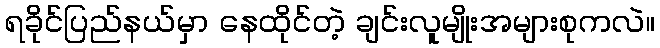
ရခိုင်ပြည်နယ်မှာ နေထိုင်တဲ့ ချင်းလူမျိုးအများစုကလဲ။